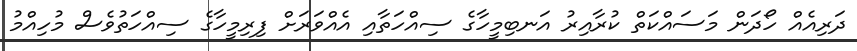
ދަރިއެއް ހޯދަން މަސައްކަތް ކުރާއިރު އަނބިމީހާގެ ސިއްހަތާއި އެއްވަރަށް ފިރިމީހާގެ ސިއްހަތުވެސް މުހިއްމު